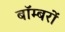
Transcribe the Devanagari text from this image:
बाॅम्बरों